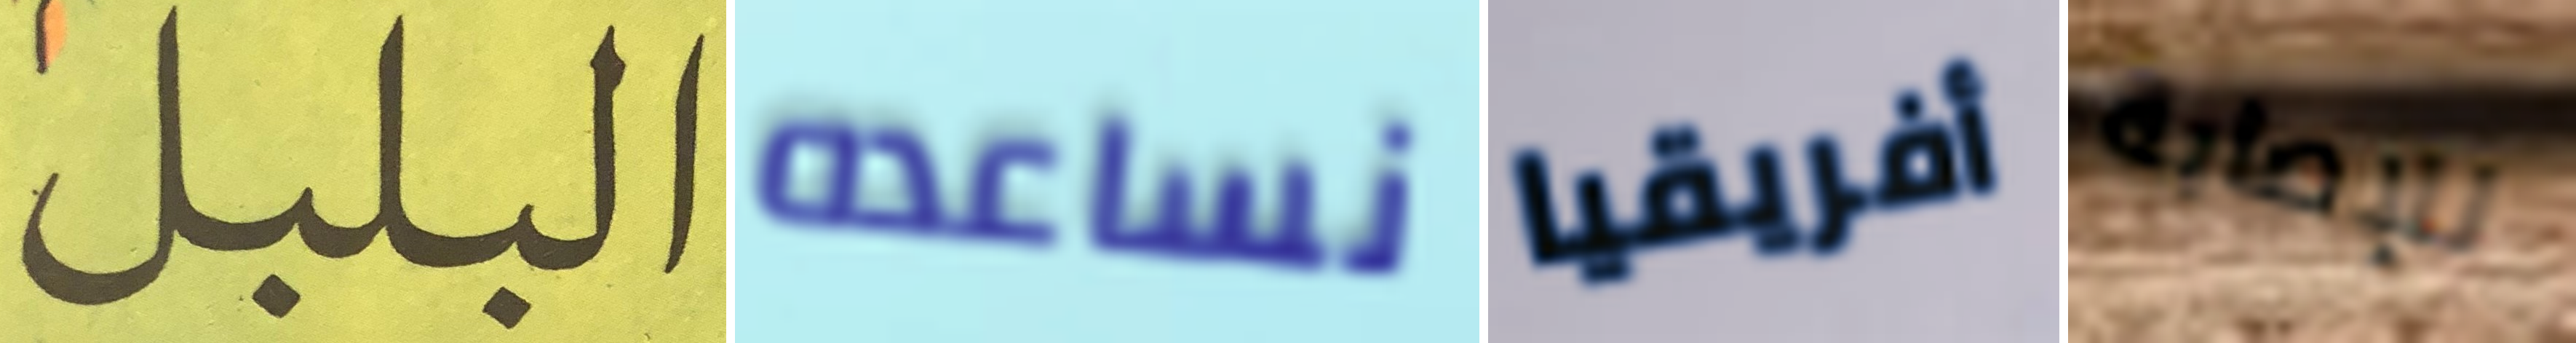
البلبل نساعده أفريقيا للإصابة